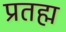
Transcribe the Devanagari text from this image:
प्रतह्म